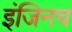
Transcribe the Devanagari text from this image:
इंजिनच